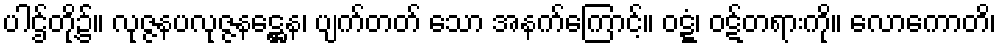
ပါဌ်တို့၌။ လုဇ္ဇနပလုဇ္ဇနဋ္ဌေန၊ ပျက်တတ် သော အနက်ကြောင့်။ ဝဋ္ဋံ၊ ဝဋ်တရားကို။ လောကောတိ၊